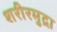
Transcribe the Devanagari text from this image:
शरीरमुद्रा